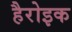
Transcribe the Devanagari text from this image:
हैरोइक